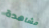
مشاهدة